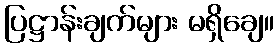
ပြဋ္ဌာန်းချက်များ မရှိချေ။